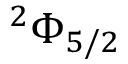
^ { 2 } \Phi _ { 5 / 2 }